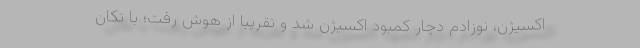
اکسیژن، نوزادم دچار کمبود اکسیژن شد و تقریباً از هوش رفت؛ با تکان